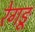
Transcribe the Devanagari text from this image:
रेगङू